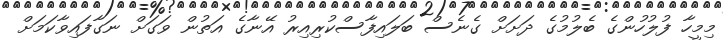
މިމީހާ ފުލުހުންގެ ބެލުމުގެ ދަށަށް ގެނެސް ބަލައިފާސްކުރިއިރު އޭނާގެ އަތުން ވަގަށް ނަގާފައިވާކަމަށް